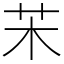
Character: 㭉